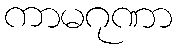
ကာမဂုဏာ